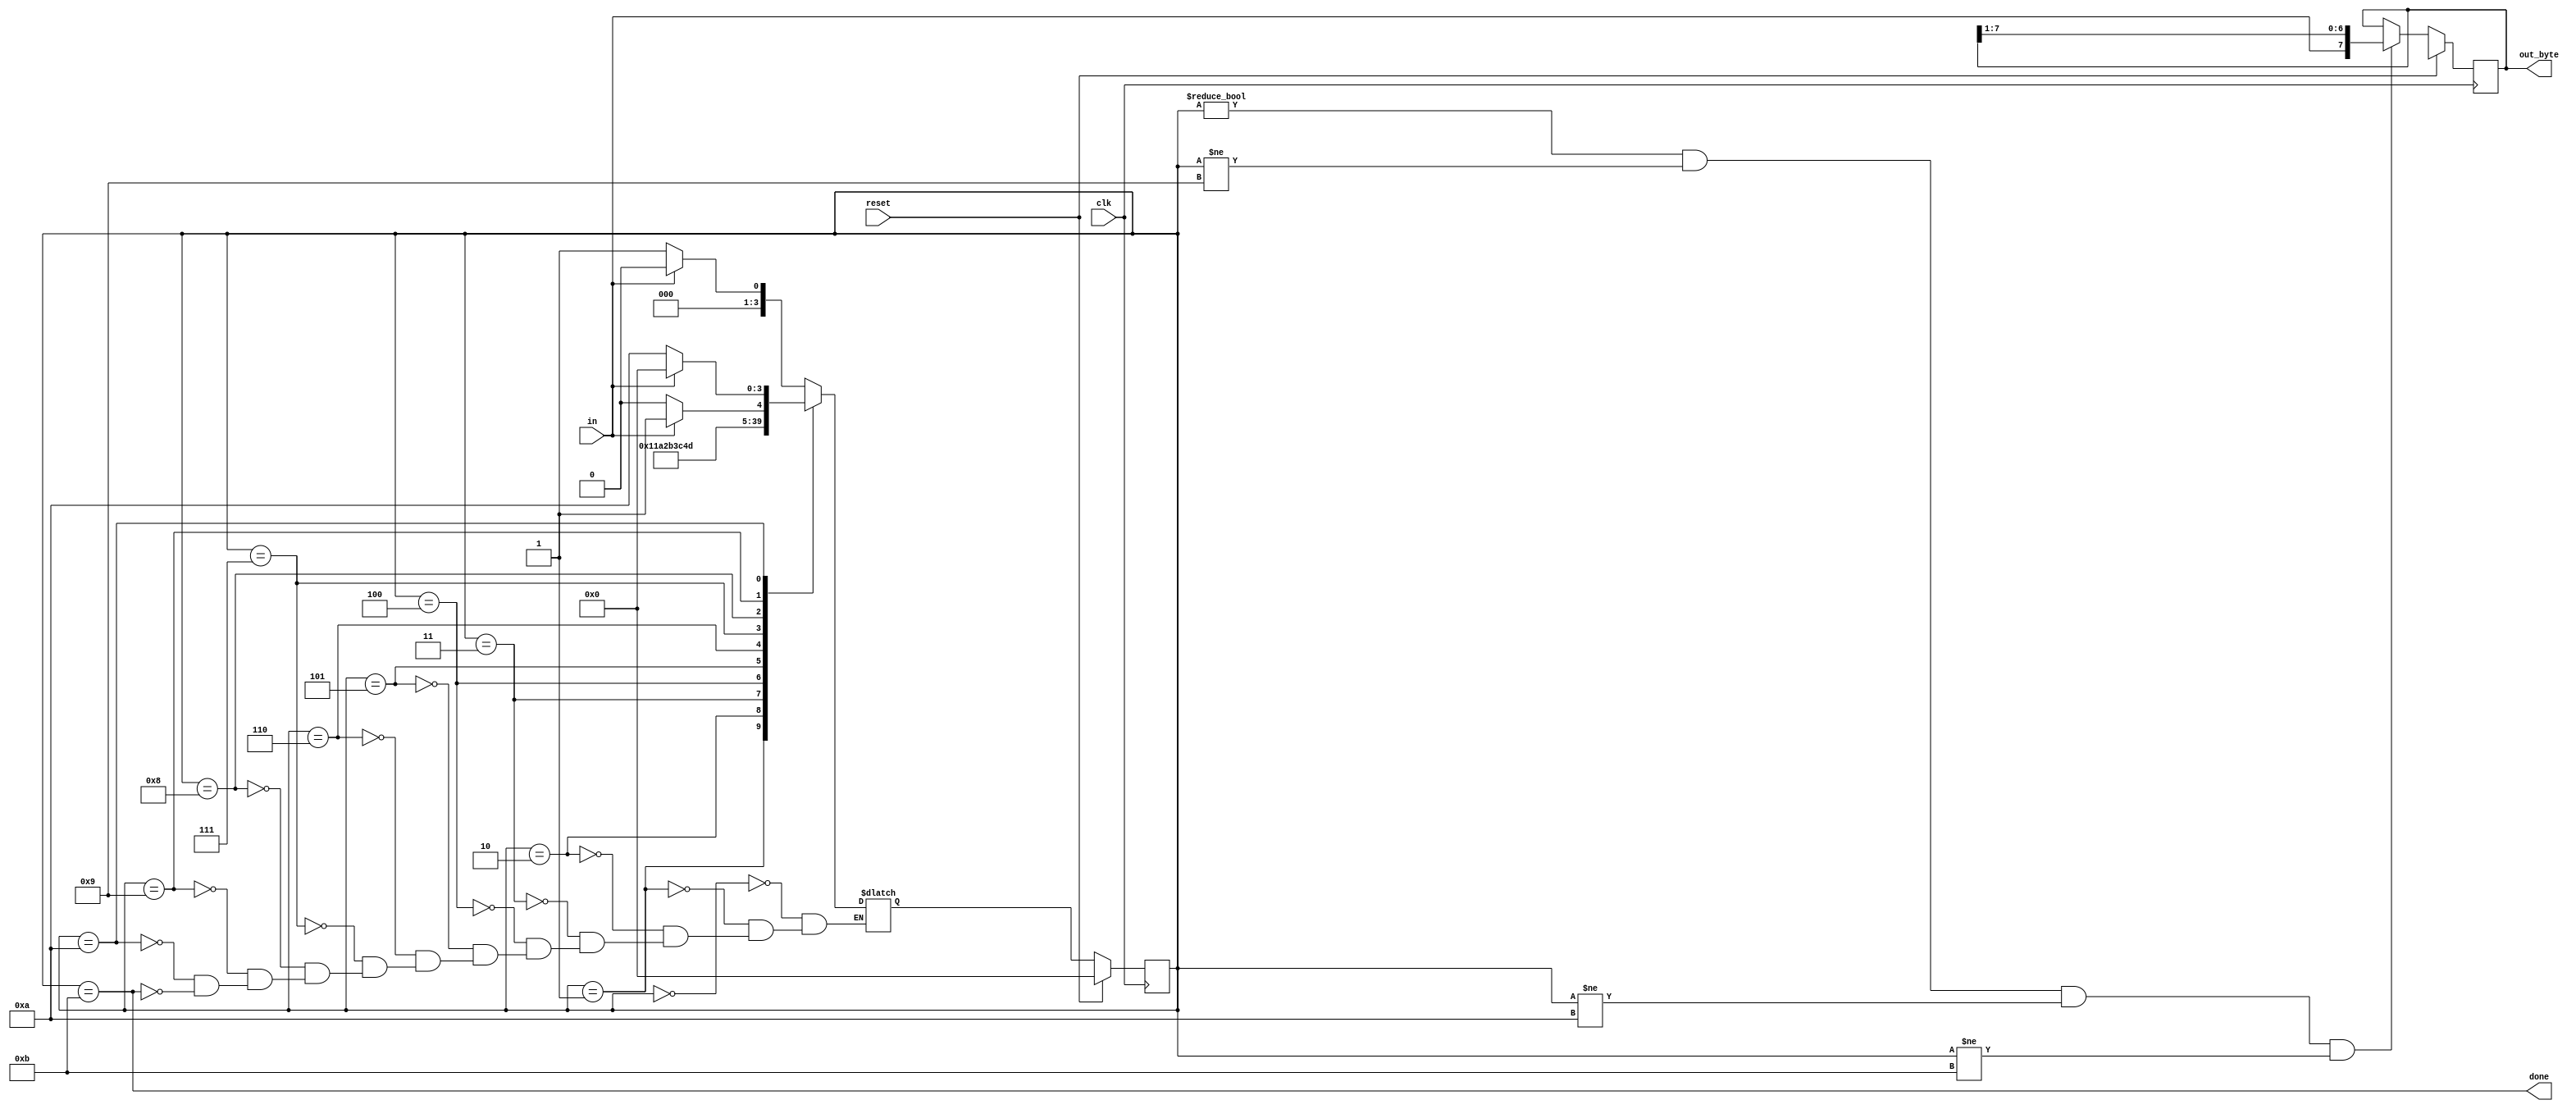
module top_module(
    input clk,
    input in,
    input reset,    // Synchronous reset
    output [7:0] out_byte,
    output done
); //
	parameter A=0,D0=1,D1=2,D2=3,D3=4,D4=5,D5 =6,D6=7,D7=8,B=9,C=10,D=11;
    reg [3:0] ps,ns;
    
    always@(*)begin
        case(ps)
            A: ns = in? A:D0;
            D0: ns = D1;
            D1: ns = D2;
            D2: ns = D3;
            D3: ns = D4;
            D4: ns = D5;
            D5: ns = D6;
            D6: ns = D7;
            D7: ns = B;
            B: ns = in? D:C;
            C: ns = in? A:C;
            D: ns = in? A:D0;
        endcase
    end
    
    always@(posedge clk)begin
        if(reset)begin
            ps <= A;
            out_byte <= 8'hx;
        end
        else begin
            ps <= ns;
            
            if((ps != A) & (ps != B) & (ps != C) & (ps != D))
                out_byte <= {in,out_byte[7:1]};
            else
                out_byte <= out_byte ;
        end
    end
    
    assign done = (ps==D);

endmodule